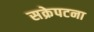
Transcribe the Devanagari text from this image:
सक्रेपटना